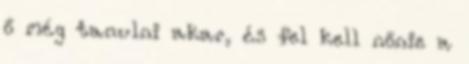
ő még tanulni akar, és fel kell nőnie a